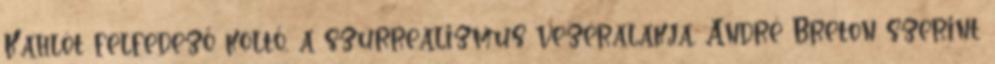
Kahlót felfedező költő, a szürrealizmus vezéralakja, André Breton szerint